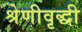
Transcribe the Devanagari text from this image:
श्रेणीवृद्धी